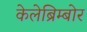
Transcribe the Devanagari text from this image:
केलेब्रिम्बोर